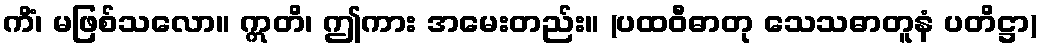
ကိံ၊ မဖြစ်သလော။ ဣတိ၊ ဤကား အမေးတည်း။ (ပထဝီဓာတု သေသဓာတူနံ ပတိဋ္ဌာ)